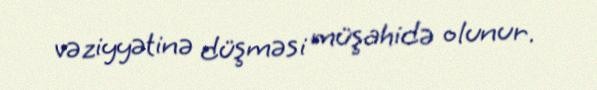
vəziyyətinə düşməsi müşahidə olunur.